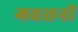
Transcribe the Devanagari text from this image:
गवसनी